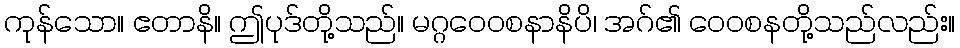
ကုန်သော။ ဧတာနိ။ ဤပုဒ်တို့သည်။ မဂ္ဂဝေဝစနာနိပိ၊ အဂ်၏ ဝေဝစနတို့သည်လည်း။